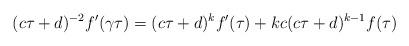
LaTeX: \begin{align*}(c\tau + d)^{-2}f'(\gamma \tau) = (c \tau + d)^k f'(\tau) + kc(c \tau + d)^{k-1}f(\tau)\end{align*}